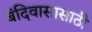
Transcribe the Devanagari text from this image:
बंदिवासासाठी